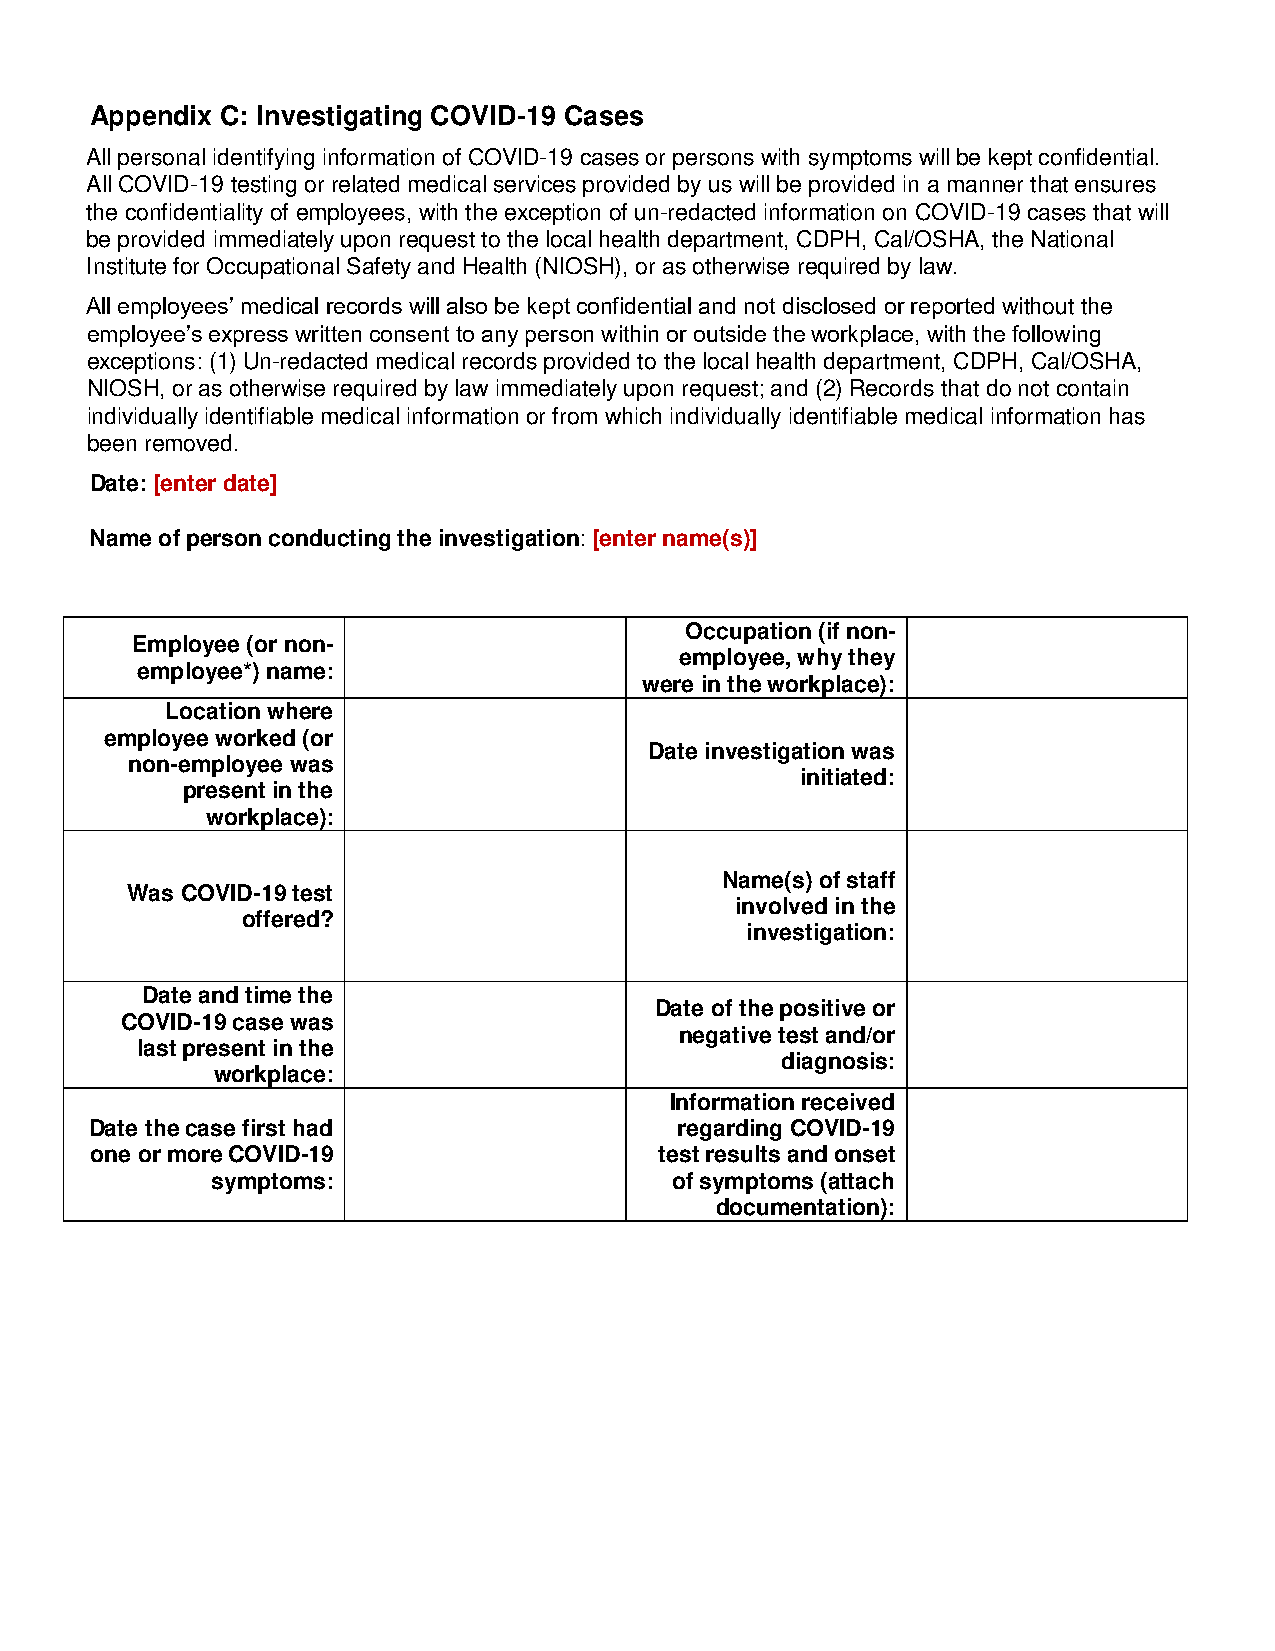
Appendix C: Investigating COVID-19 Cases
 All personal identifying information of COVID-19 cases or persons with symptoms will be kept confidential.
 All COVID-19 testing or related medical services provided by us will be provided in a manner that ensures
 the confidentiality of employees, with the exception of un-redacted information on COVID-19 cases that will
 be provided immediately upon request to the local health department, CDPH, Cal/OSHA, the National
 Institute for Occupational Safety and Health (NIOSH), or as otherwise required by law.
 All employees’ medical records will also be kept confidential and not disclosed or reported without the
 employee’s express written consent to any person within or outside the workplace, with the following
 exceptions: (1) Un-redacted medical records provided to the local health department, CDPH, Cal/OSHA,
 NIOSH, or as otherwise required by law immediately upon request; and (2) Records that do not contain
 individually identifiable medical information or from which individually identifiable medical information has
 been removed.
 Date: [enter date]
 Name of person conducting the investigation: [enter name(s)]
 COVID-19 Case Investigation Information
 Occupation (if non-
 Employee (or non-
 employee, why they
 employee*) name:
 were in the workplace):
 Location where
 employee worked (or
 Date investigation was
 non-employee was
 initiated:
 present in the
 workplace):
 Name(s) of staff
 Was COVID-19 test
 involved in the
 offered?
 investigation:
 Date and time the
 Date of the positive or
 COVID-19 case was
 negative test and/or
 last present in the
 diagnosis:
 workplace:
 Information received
 Date the case first had                regarding COVID-19
 one or more COVID-19                  test results and onset
 symptoms:                      of symptoms (attach
 documentation):